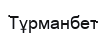
Тұрманбет